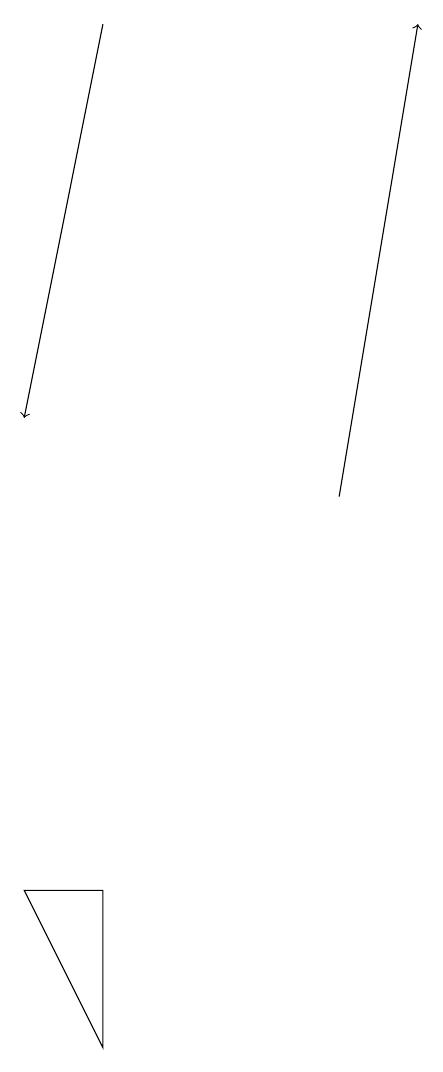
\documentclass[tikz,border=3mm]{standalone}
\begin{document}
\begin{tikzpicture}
\draw[->] (5,19) -- (4,14);
\draw[->] (8,13) -- (9,19);
\draw (5,6) -- (5,8) -- (4,8) -- cycle;
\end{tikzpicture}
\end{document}